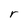
Character: r